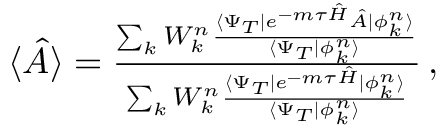
\begin{array} { r } { \langle \hat { A } \rangle = \frac { \sum _ { k } W _ { k } ^ { n } \frac { \langle \Psi _ { T } | e ^ { - m \tau \hat { H } } \hat { A } | \phi _ { k } ^ { n } \rangle } { \langle \Psi _ { T } | \phi _ { k } ^ { n } \rangle } } { \sum _ { k } W _ { k } ^ { n } \frac { \langle \Psi _ { T } | e ^ { - m \tau \hat { H } } | \phi _ { k } ^ { n } \rangle } { \langle \Psi _ { T } | \phi _ { k } ^ { n } \rangle } } \, , } \end{array}